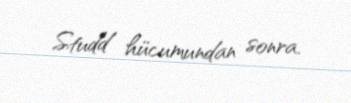
Studd hücumundan sonra.